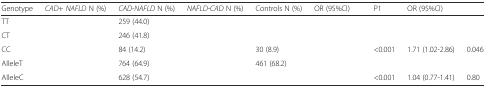
<table><thead><tr><td><b>Genotype</b></td><td><b><i>CAD</i>+ <i>NAFLD</i> N (%)</b></td><td><b><i>CAD</i>-<i>NAFLD</i> N (%)</b></td><td><b><i>NAFLD</i>-<i>CAD</i> N (%)</b></td><td><b>Controls N (%)</b></td><td><b>OR (95%CI)</b></td><td><b>P1</b></td><td><b>OR (95%CI)</b></td><td>[EMPTY_CELL]</td></tr></thead><tbody><tr><td>TT</td><td>[EMPTY_CELL]</td><td>259 (44.0)</td><td>[EMPTY_CELL]</td><td>[EMPTY_CELL]</td><td>[EMPTY_CELL]</td><td>[EMPTY_CELL]</td><td>[EMPTY_CELL]</td><td>[EMPTY_CELL]</td></tr><tr><td>CT</td><td>[EMPTY_CELL]</td><td>246 (41.8)</td><td>[EMPTY_CELL]</td><td>[EMPTY_CELL]</td><td>[EMPTY_CELL]</td><td>[EMPTY_CELL]</td><td>[EMPTY_CELL]</td><td>[EMPTY_CELL]</td></tr><tr><td>CC</td><td>[EMPTY_CELL]</td><td>84 (14.2)</td><td>[EMPTY_CELL]</td><td>30 (8.9)</td><td>[EMPTY_CELL]</td><td>&lt;0.001</td><td>1.71 (1.02-2.86)</td><td>0.046</td></tr><tr><td>AlleleT</td><td>[EMPTY_CELL]</td><td>764 (64.9)</td><td>[EMPTY_CELL]</td><td>461 (68.2)</td><td>[EMPTY_CELL]</td><td>[EMPTY_CELL]</td><td>[EMPTY_CELL]</td><td>[EMPTY_CELL]</td></tr><tr><td>AlleleC</td><td>[EMPTY_CELL]</td><td>628 (54.7)</td><td>[EMPTY_CELL]</td><td>[EMPTY_CELL]</td><td>[EMPTY_CELL]</td><td>&lt;0.001</td><td>1.04 (0.77-1.41)</td><td>0.80</td></tr></tbody></table>